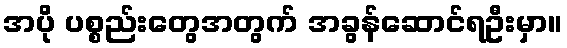
အပို ပစ္စည်းတွေအတွက် အခွန်ဆောင်ရဦးမှာ။